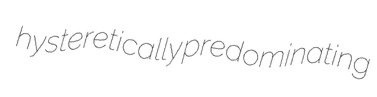
hysteretically predominating